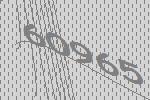
60965